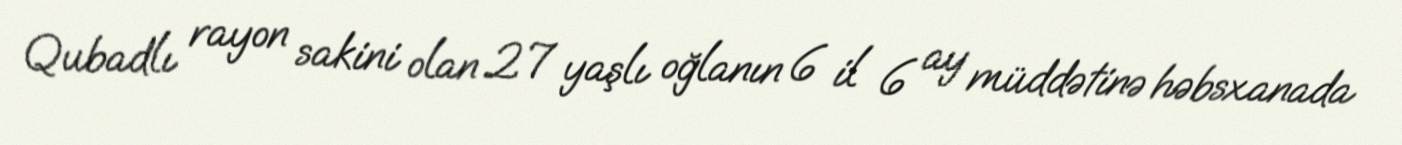
Qubadlı rayon sakini olan 27 yaşlı oğlanın 6 il 6 ay müddətinə həbsxanada